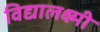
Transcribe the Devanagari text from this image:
विद्यालक्ष्मी